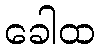
ခေါထ